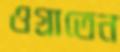
ওগ্‌রাতেন